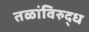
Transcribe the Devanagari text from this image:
तळांविरुद्ध